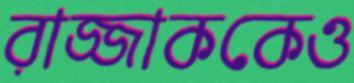
রাজ্জাককেও